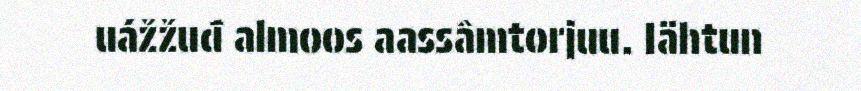
uážžuđ almoos aassâmtorjuu. Iähtun